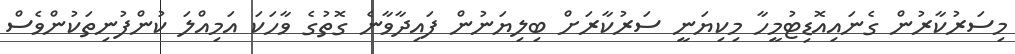
މިސަރުކާރުން ގެނައިއޮޑިޓުމީހާ މިކިޔަނީ ސަރުކާރަށް ބިލިޔަނުން ފައިދާވާނެ ގޮތުގެ ވާހަކަ އަމިއްލަ ކުންފުނިތަކުންވެސް